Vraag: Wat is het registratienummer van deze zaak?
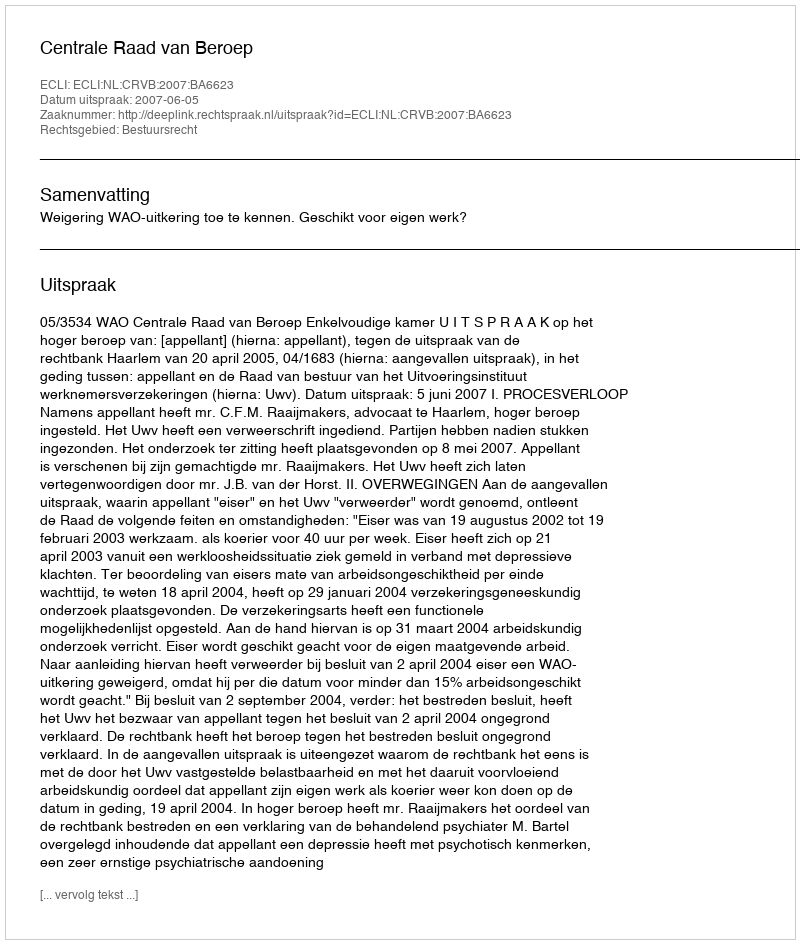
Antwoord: http://deeplink.rechtspraak.nl/uitspraak?id=ECLI:NL:CRVB:2007:BA6623